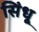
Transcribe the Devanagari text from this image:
सि॓धू